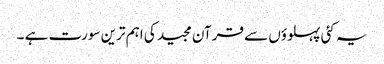
یہ کئی پہلوؤں سے قرآن مجید کی اہم ترین سورت ہے ۔